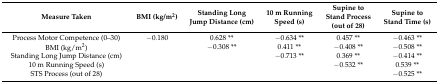
| Measure Taken | BMI (kg/m2) | Standing Long Jump Distance (cm) | 10 m Running Speed (s) | Supine to Stand Process (out of 28) | Supine to Stand Time (s) |
 | --- | --- | --- | --- | --- | --- |
 | Process Motor Competence (0–30) | −0.180 | 0.628 ** | −0.634 ** | 0.457 ** | −0.463 ** |
 | BMI (kg/m2) |  | −0.308 ** | 0.411 ** | −0.408 ** | −0.508 ** |
 | Standing Long Jump Distance (cm) |  |  | −0.713 ** | 0.369 ** | −0.414 ** |
 | 10 m Running Speed (s) |  |  |  | −0.532 ** | 0.539 ** |
 | STS Process (out of 28) |  |  |  |  | −0.525 ** |